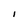
Character: i